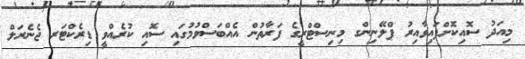
މިއަދު ސޮއިކޮށްފައިވާއިރު ޕްލޭނިންގ މިނިސްޓްރީގެ ފަރާތުން އެއްބަސްވުމުގައި ސޮއި ކުރެއްވީ ޑިރެކްޓަރ ޖެނެރަލް